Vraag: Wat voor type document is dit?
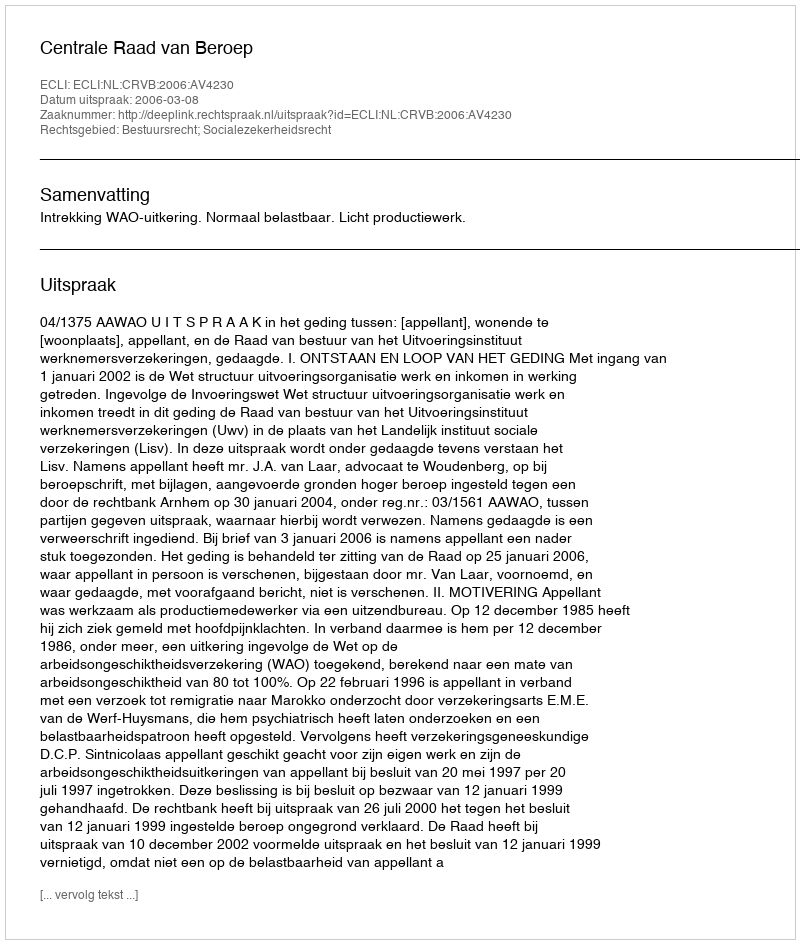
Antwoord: Uitspraak